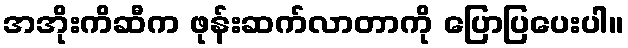
အအိုးကိဆီက ဖုန်းဆက်လာတာကို ပြောပြပေးပါ။